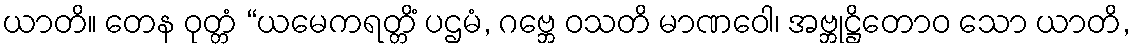
ယာတိ။ တေန ဝုတ္တံ “ယမေကရတ္တိံ ပဌမံ, ဂဗ္ဘေ ဝသတိ မာဏဝေါ၊ အဗ္ဘုဋ္ဌိတောဝ သော ယာတိ,